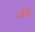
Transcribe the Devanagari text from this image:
घनिष्ट्